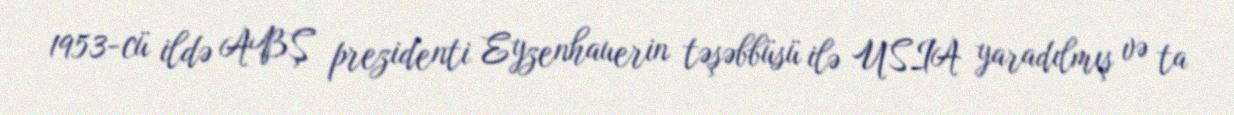
1953-cü ildə ABŞ prezidenti Eyzenhauerin təşəbbüsü ilə USIA yaradılmış və ta